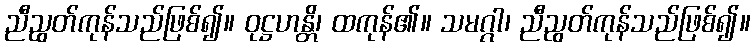
ညီညွတ်ကုန်သည်ဖြစ်၍။ ဝုဋ္ဌဟန္တိ၊ ထကုန်၏။ သမဂ္ဂါ၊ ညီညွတ်ကုန်သည်ဖြစ်၍။